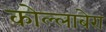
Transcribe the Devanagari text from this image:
कोल्लाबेरा